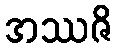
အဿဇိ